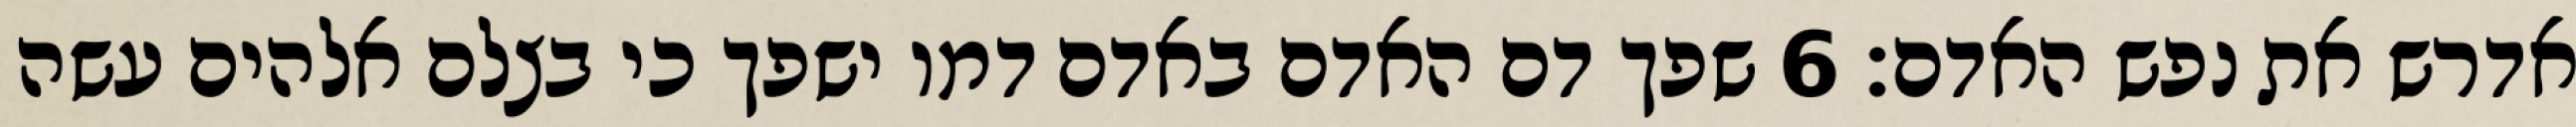
אדרש את נפש האדם׃ ‎6‏ שפך דם האדם באדם דמו ישפך כי בצלם אלהים עשה